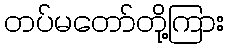
တပ်မတော်တို့ကြား